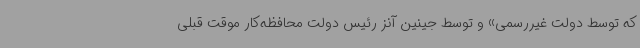
که توسط دولت غیررسمی» و توسط جینین آنز رئیس دولت محافظه‌کار موقت قبلی